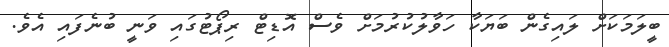
ބީލަމަކަށް ލައިގެން ބަޔަކާ ހަވާލުކުރުމަށް ވެސް އޮޑިޓް ރިޕޯޓުގައި ވަނީ ބުނެފައި އެވެ.